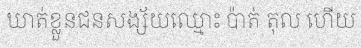
ឃាត់ខ្លួនជនសង្ស័យឈ្មោះ ប៉ាត់ តុល ហើយ